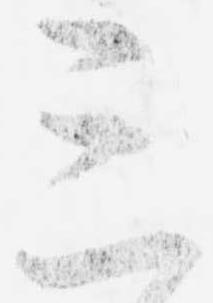
三